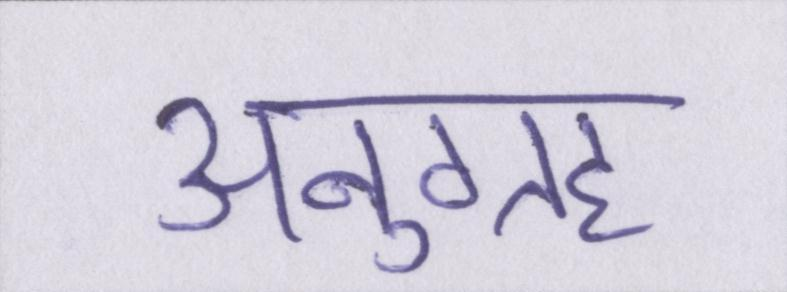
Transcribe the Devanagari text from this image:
अनुग्रह